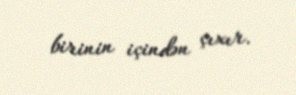
birinin içindən çıxır.